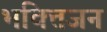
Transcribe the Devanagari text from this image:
भक्तिजन